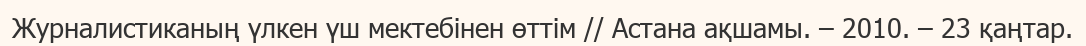
Журналистиканың үлкен үш мектебінен өттім // Астана ақшамы. – 2010. – 23 қаңтар.